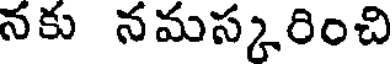
నకు నమస్కరించి